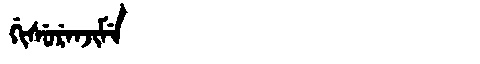
Manchu: ᡤᡳᠰᡠᡵᡝᠨᠵᡳᠮᡝ
Romanization: GISURENJIME